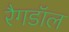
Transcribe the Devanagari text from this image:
रैगडॉल